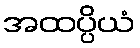
အထပ္ပိယံ